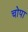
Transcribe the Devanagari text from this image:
चोपा